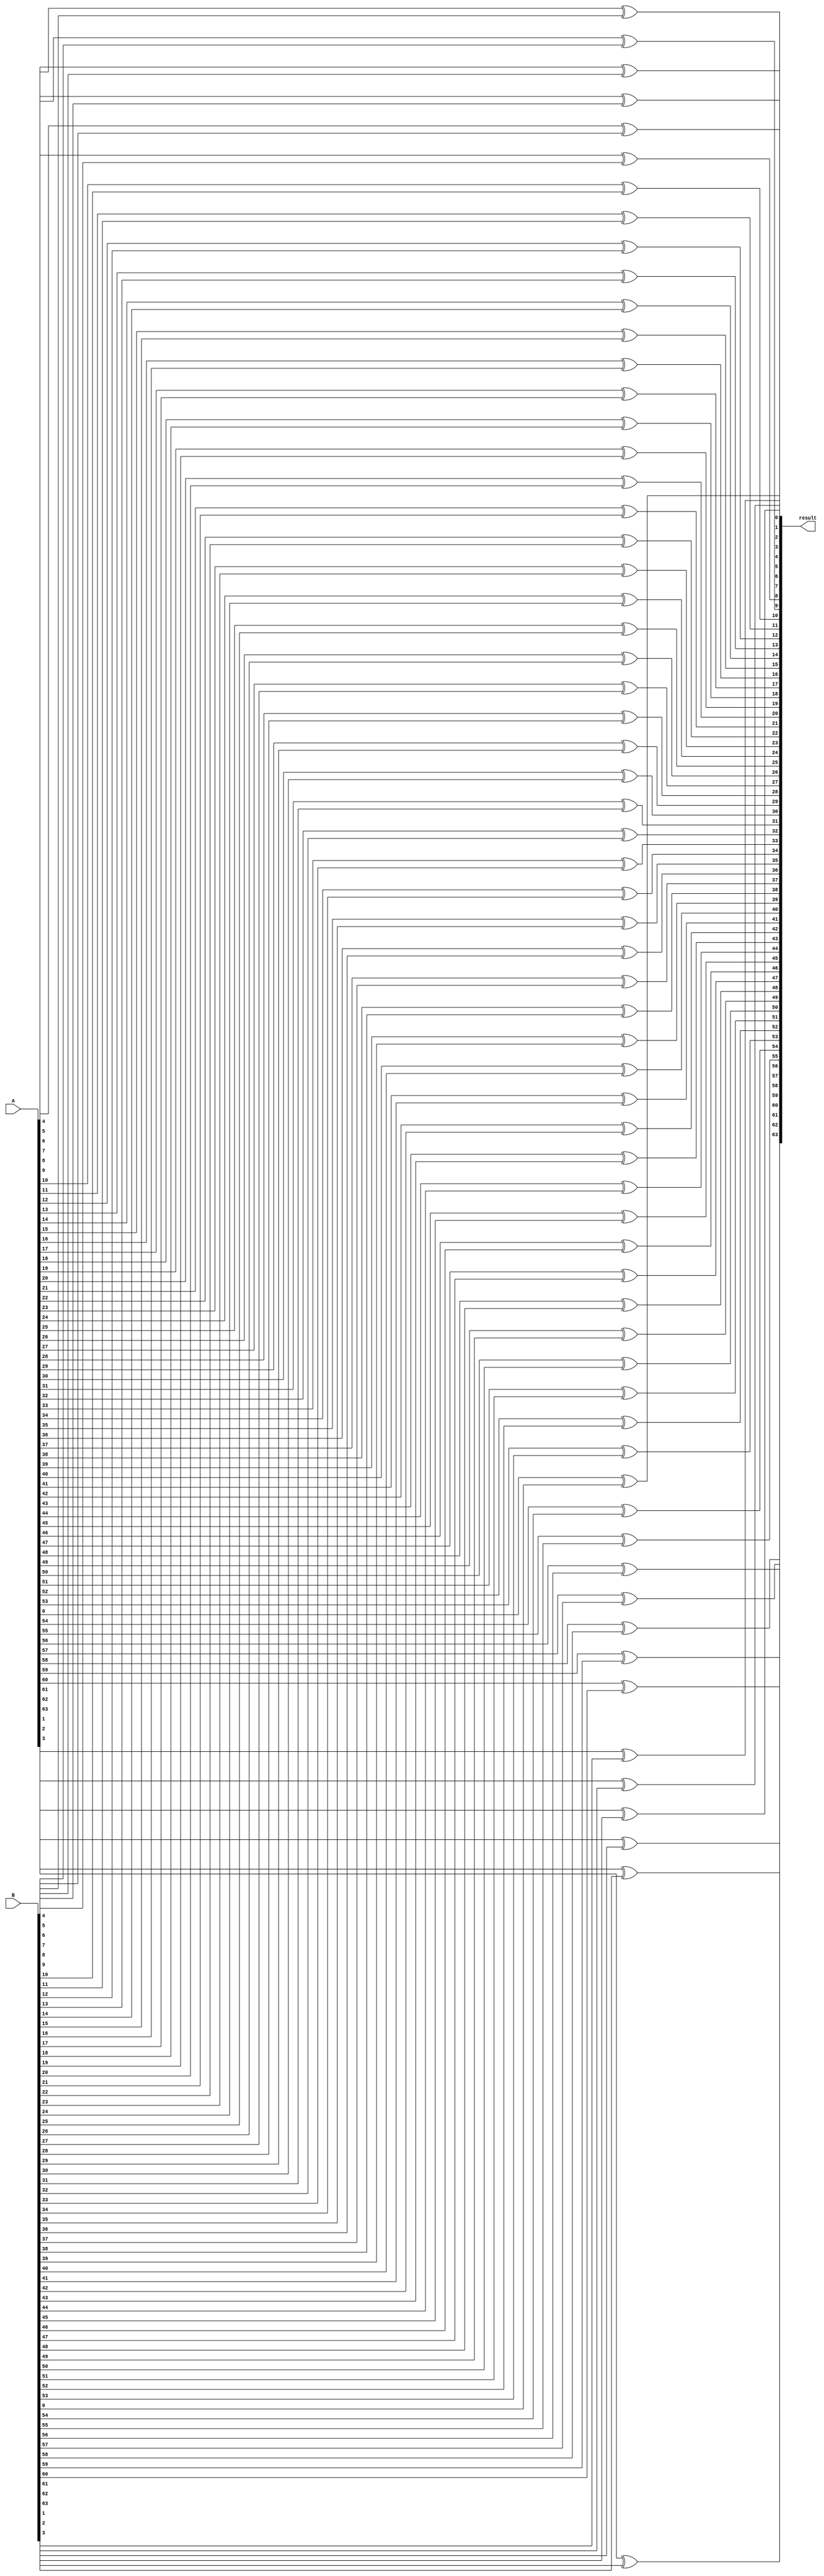
module xorModule (
    input [63:0] A,
    input [63:0] B,
    output [63:0] result
);
    xor (result[0], A[0], B[0]);
    xor (result[1], A[1], B[1]);
    xor (result[2], A[2], B[2]);
    xor (result[3], A[3], B[3]);
    xor (result[4], A[4], B[4]);
    xor (result[5], A[5], B[5]);
    xor (result[6], A[6], B[6]);
    xor (result[7], A[7], B[7]);
    xor (result[8], A[8], B[8]);
    xor (result[9], A[9], B[9]);
    xor (result[10], A[10], B[10]);
    xor (result[11], A[11], B[11]);
    xor (result[12], A[12], B[12]);
    xor (result[13], A[13], B[13]);
    xor (result[14], A[14], B[14]);
    xor (result[15], A[15], B[15]);
    xor (result[16], A[16], B[16]);
    xor (result[17], A[17], B[17]);
    xor (result[18], A[18], B[18]);
    xor (result[19], A[19], B[19]);
    xor (result[20], A[20], B[20]);
    xor (result[21], A[21], B[21]);
    xor (result[22], A[22], B[22]);
    xor (result[23], A[23], B[23]);
    xor (result[24], A[24], B[24]);
    xor (result[25], A[25], B[25]);
    xor (result[26], A[26], B[26]);
    xor (result[27], A[27], B[27]);
    xor (result[28], A[28], B[28]);
    xor (result[29], A[29], B[29]);
    xor (result[30], A[30], B[30]);
    xor (result[31], A[31], B[31]);
    xor (result[32], A[32], B[32]);
    xor (result[33], A[33], B[33]);
    xor (result[34], A[34], B[34]);
    xor (result[35], A[35], B[35]);
    xor (result[36], A[36], B[36]);
    xor (result[37], A[37], B[37]);
    xor (result[38], A[38], B[38]);
    xor (result[39], A[39], B[39]);
    xor (result[40], A[40], B[40]);
    xor (result[41], A[41], B[41]);
    xor (result[42], A[42], B[42]);
    xor (result[43], A[43], B[43]);
    xor (result[44], A[44], B[44]);
    xor (result[45], A[45], B[45]);
    xor (result[46], A[46], B[46]);
    xor (result[47], A[47], B[47]);
    xor (result[48], A[48], B[48]);
    xor (result[49], A[49], B[49]);
    xor (result[50], A[50], B[50]);
    xor (result[51], A[51], B[51]);
    xor (result[52], A[52], B[52]);
    xor (result[53], A[53], B[53]);
    xor (result[54], A[54], B[54]);
    xor (result[55], A[55], B[55]);
    xor (result[56], A[56], B[56]);
    xor (result[57], A[57], B[57]);
    xor (result[58], A[58], B[58]);
    xor (result[59], A[59], B[59]);
    xor (result[60], A[60], B[60]);
    xor (result[61], A[61], B[61]);
    xor (result[62], A[62], B[62]);
    xor (result[63], A[63], B[63]);
endmodule